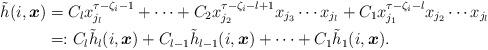
LaTeX: \begin{align*}\tilde{h}(i,\boldsymbol{x})& = C_lx_{j_l}^{\tau-\zeta_i-1}+\dots +C_2x_{j_2}^{\tau-\zeta_i-l+1}x_{j_3}\cdots x_{j_l}+C_1x_{j_1}^{\tau-\zeta_i-l}x_{j_2}\cdots x_{j_l}\\& =: C_l\tilde{h}_l(i,\boldsymbol{x})+ C_{l-1}\tilde{h}_{l-1}(i,\boldsymbol{x})+\dots + C_1\tilde{h}_1(i,\boldsymbol{x}).\end{align*}